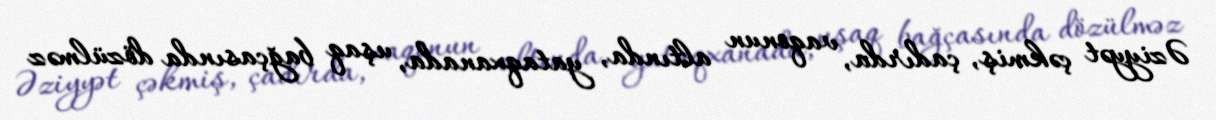
Əziyyət çəkmiş, çadırda, vaqonun altında, yataqxanada, uşaq bağçasında dözülməz